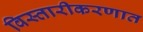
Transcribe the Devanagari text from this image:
विस्तारीकरणात